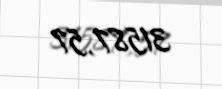
31587,57